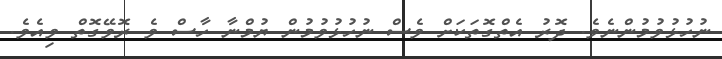
ނުހުޅުވުމުންނެވެ. ދޮރު އެތްގޮތަކަށް ވެސް ނުހުޅުވުމުން ޔުމްނާ ހާސް ވެ ރޮވޭގޮތް ވިއެވެ.